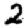
Digit: 2